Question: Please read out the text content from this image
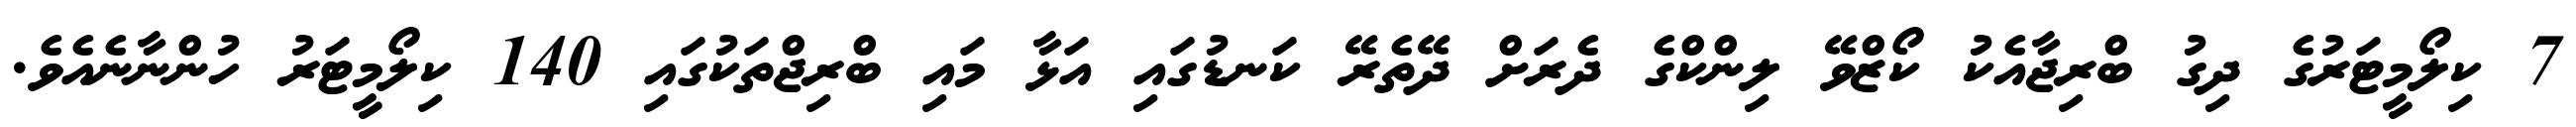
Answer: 7 ކިލޯމީޓަރުގެ ދިގު ބްރިޖާއެކު ކޯޒްވޭ ލިންކްގެ ދެރަށް ދޭތެރޭ ކަނޑުގައި އަޅާ މައި ބްރިޖްތަކުގައި 140 ކިލޯމީޓަރު ހުންނާނެއެވެ.